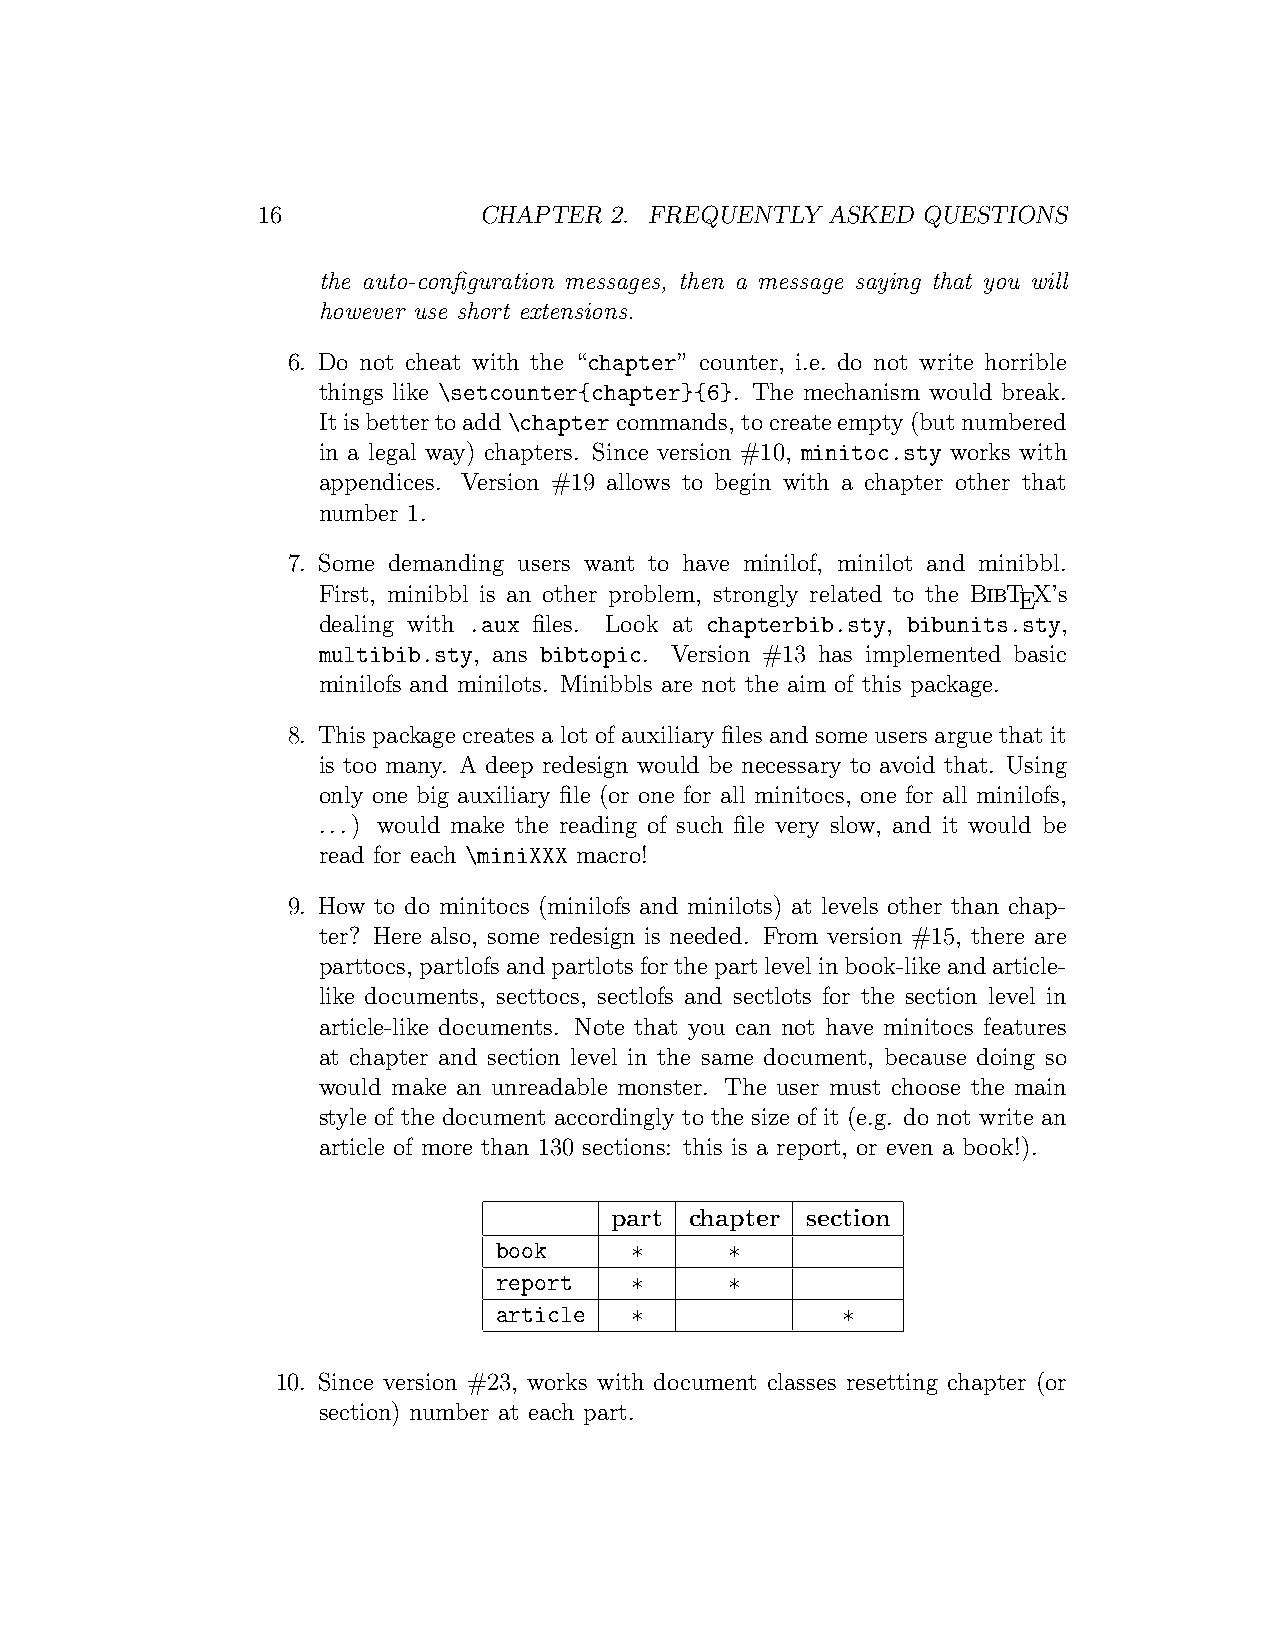
16             CHAPTER 2. FREQUENTLY  ASKED QUESTIONS
 the auto-configuration messages, then a message saying that you will
 however use short extensions.
 6. Do not cheat with the “chapter” counter, i.e. do not write horrible
 things like \setcounter{chapter}{6}. The mechanism would break.
 Itisbettertoadd\chaptercommands,tocreateempty(butnumbered
 in a legal way) chapters. Since version #10, minitoc.sty works with
 appendices. Version #19 allows to begin with a chapter other that
 number 1.
 7. Some demanding users want to have minilof, minilot and minibbl.
 First, minibbl is an other problem, strongly related to the BibT X’s
 E
 dealing with .aux files. Look at chapterbib.sty, bibunits.sty,
 multibib.sty, ans bibtopic. Version #13 has implemented basic
 minilofs and minilots. Minibbls are not the aim of this package.
 8. This package creates a lot of auxiliary files and some users argue that it
 is too many. A deep redesign would be necessary to avoid that. Using
 only one big auxiliary file (or one for all minitocs, one for all minilofs,
 ...) would make the reading of such file very slow, and it would be
 read for each \miniXXX macro!
 9. How to do minitocs (minilofs and minilots) at levels other than chap-
 ter? Here also, some redesign is needed. From version #15, there are
 parttocs, partlofsandpartlotsforthepartlevelinbook-likeandarticle-
 like documents, secttocs, sectlofs and sectlots for the section level in
 article-like documents. Note that you can not have minitocs features
 at chapter and section level in the same document, because doing so
 would make an unreadable monster. The user must choose the main
 style of the document accordingly to the size of it (e.g. do not write an
 article of more than 130 sections: this is a report, or even a book!).
 part  chapter section
 book
 ∗     ∗
 report
 ∗     ∗
 article
 ∗             ∗
 10. Since version #23, works with document classes resetting chapter (or
 section) number at each part.